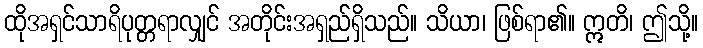
ထိုအရှင်သာရိပုတ္တရာလျှင် အတိုင်းအရှည်ရှိသည်။ သိယာ၊ ဖြစ်ရာ၏။ ဣတိ၊ ဤသို့။